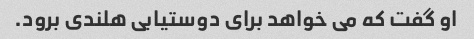
او گفت که می خواهد برای دوستیابی هلندی برود.